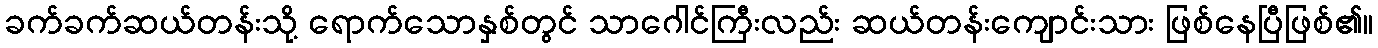
ခက်ခက်ဆယ်တန်းသို့ ရောက်သောနှစ်တွင် သာဂေါင်ကြီးလည်း ဆယ်တန်းကျောင်းသား ဖြစ်နေပြီဖြစ်၏။